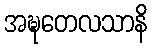
အဍ္ဎတေလသာနိ